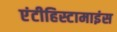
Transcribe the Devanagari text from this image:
एंटीहिस्टामाइंस